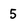
Character: 5